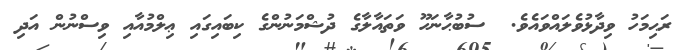
ރަޙިމަހު ވިދާޅުވެލައްވައެވެ.  ސުބުޙާނަހޫ ވަތައާލާގެ ދުޝްމަނުންގެ ކިބައިގައި ޢިލްމުއާއި ވިސްނުން އަދި